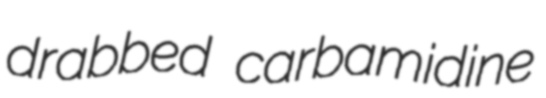
drabbed carbamidine